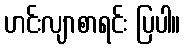
ဟင်းလျာစာရင်း ပြပါ။